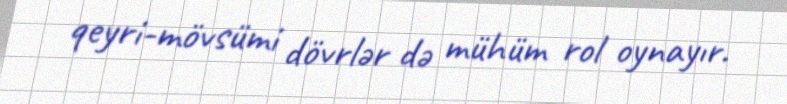
qeyri-mövsümi dövrlər də mühüm rol oynayır.